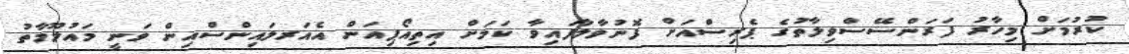
ކުރުމަށް މިހާރު ފަރަންސޭސްވިލާތުގެ ޕެރިސްއަށް ފޮނުވާލާފައިވާ ކަމަށް އިތިއޯޕިއަން އެއަރލައިންސްއިން ވަނީ މައުލޫމާތު